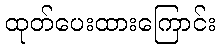
ထုတ်ပေးထားကြောင်း